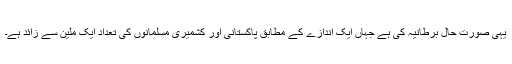
یہی صورت حال برطانیہ کی ہے جہاں ایک اندازے کے مطابق پاکستانی اور کشمیری مسلمانوں کی تعداد ایک ملین سے زائد ہے۔